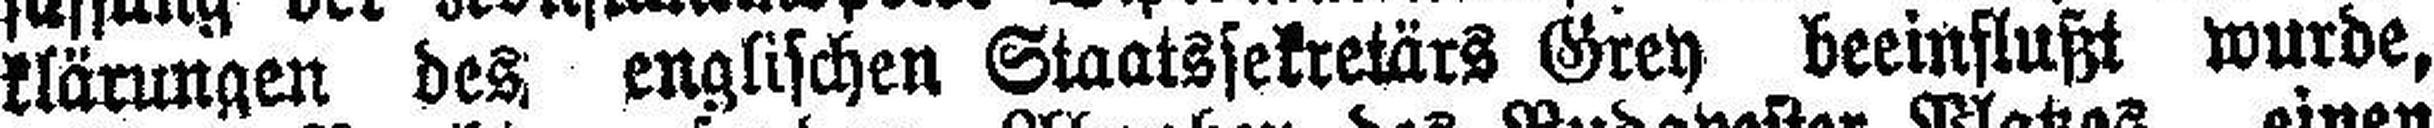
klärungen des englischen Staatssekretärs Grey beeinflußt wurde,